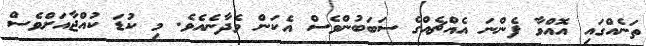
ތަނެއްގައި އޮއްވާ ފެންނަ އެއްޗެއްގެ ސަބަބުންވެސް އެކަން ވެދާނެއެވެ. މި ކުޑަ ކުއްޖާއަށްވެސް